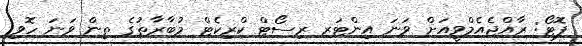
ފޮޓޯ: ރާއްޖެއެމްވީއަށް ވަނަ އިންޓަރ ރިސޯޓް ކްރިކެޓް މުބާރާތުގެ ތިން ވަނަ ހޮވި